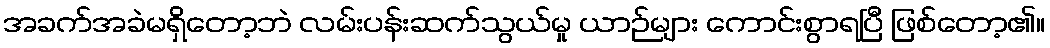
အခက်အခဲမရှိတော့ဘဲ လမ်းပန်းဆက်သွယ်မှု ယာဉ်များ ကောင်းစွာရပြီ ဖြစ်တော့၏။